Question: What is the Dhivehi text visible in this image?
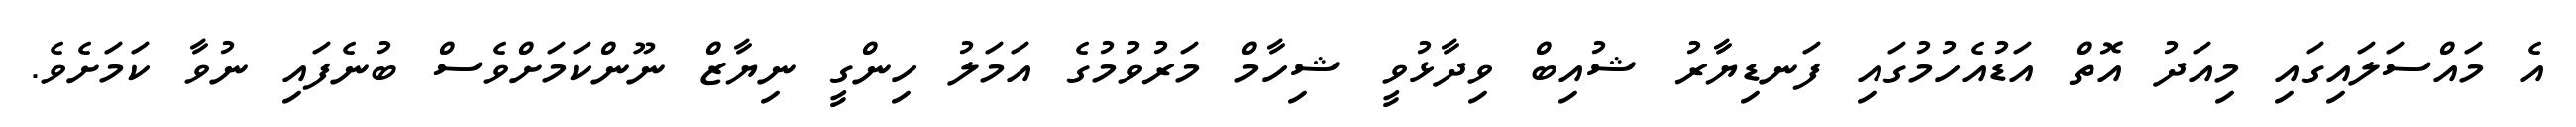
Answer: އެ މައްސަލައިގައި މިއަދު އޮތް އަޑުއެހުމުގައި ފަނޑިޔާރު ޝުއިބް ވިދާޅުވީ ޝިހާމް މަރުވުމުގެ އަމަލު ހިންގީ ނިޔާޒް ނޫންކަމަށްވެސް ބުނެފައި ނުވާ ކަމަށެވެ.